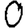
Digit: 0